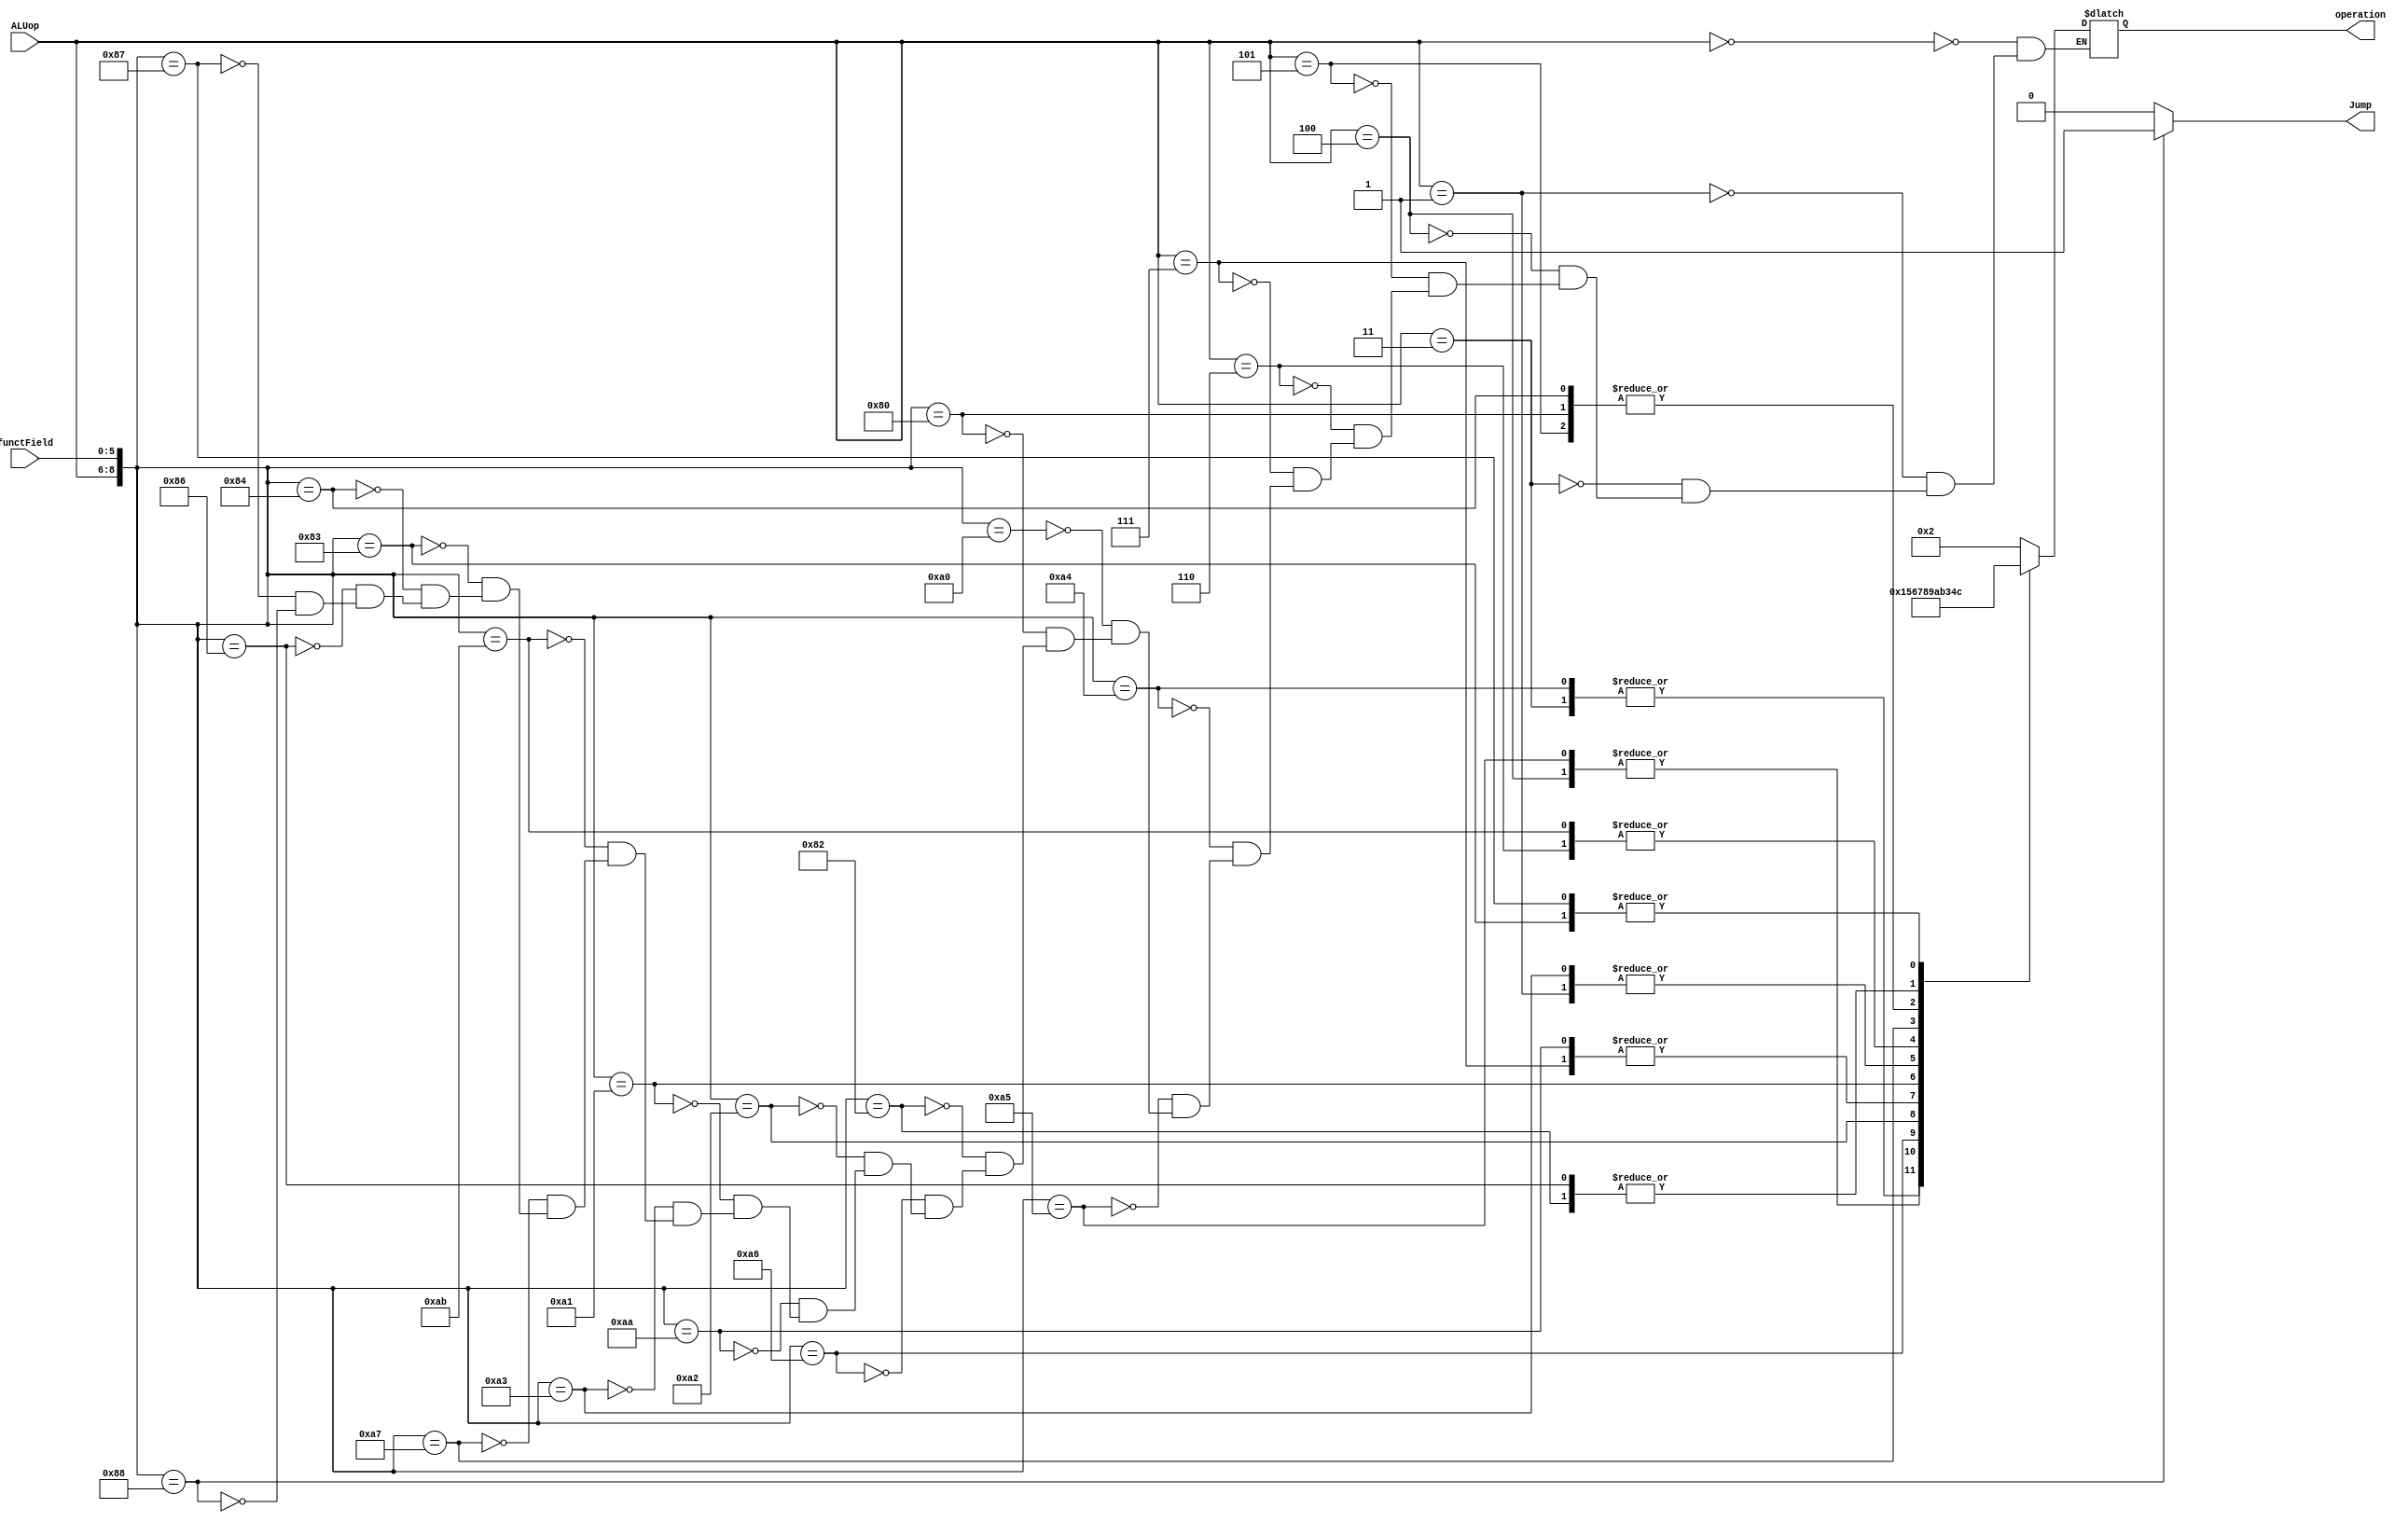
`timescale 1ns / 1ps
//////////////////////////////////////////////////////////////////////////////////
// Company: 
// Engineer: 
// 
// Design Name: 
// Module Name: ALUCtr
// Project Name: 
// Target Devices: 
// Tool Versions: 
// Description: 
// 
// Dependencies: 
// 
// Revision:
// Revision 0.01 - File Created
// Additional Comments:
// 
//////////////////////////////////////////////////////////////////////////////////


module ALUCtr(
    input [2:0] ALUop,
    input [5:0] functField,
    output reg [3:0] operation,
    output reg Jump
    );
    always @ (ALUop or functField)
    begin 
        Jump=0;
        casex({ALUop,functField})
            9'b000xxxxxx:operation=4'b0010;//lw,sw,addi,jump,jal +
            9'b001xxxxxx:operation=4'b1001;//beq,bne -u
            9'b011xxxxxx:operation=4'b0000;//andi &
            9'b100xxxxxx:operation=4'b0001;//ori |
            9'b101xxxxxx:operation=4'b0011;// lui <<
            9'b110xxxxxx:operation=4'b1010;//sltiu
            9'b111xxxxxx:operation=4'b0111;//slti

            9'b010100100:operation=4'b0000;//and &
            9'b010100101:operation=4'b0001;//or |
            9'b010100000:operation=4'b0010;//add +
            9'b010000000:operation=4'b0011;//sll <<
            9'b010000010:operation=4'b0100;//srl >>
            9'b010100110:operation=4'b0101;//xor 
            9'b010100010:operation=4'b0110;//sub -
            9'b010101010:operation=4'b0111;//slt a<b?1:0
            9'b010100001:operation=4'b1000;//addu +u
            9'b010100011:operation=4'b1001;//subu -u
            9'b010101011:operation=4'b1010;//sltu
            9'b010100111:operation=4'b1011;//nor
            9'b010000011:operation=4'b1100;//sra
            9'b010000100:operation=4'b0011;//sllv
            9'b010000110:operation=4'b0100;//srlv
            9'b010000111:operation=4'b1100;//srav
            9'b010001000:
            begin
            operation=4'b0010;//jr
            Jump=1;
            end
        endcase
    end
endmodule